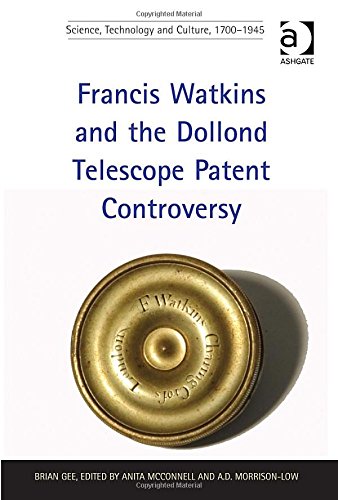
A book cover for Francis Watkins and the Dollond Telescope Patent Controversy (Science, Technology and Culture, 1700EE1945); Brian Gee; Science & Math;